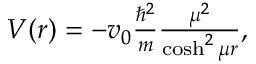
\begin{array} { r } { V ( r ) = - v _ { 0 } \frac { \hbar ^ { 2 } } { m } \frac { \mu ^ { 2 } } { \cosh ^ { 2 } { \mu r } } , } \end{array}